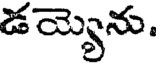
డయ్యాను.